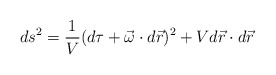
\begin{align*}ds^{2} = \frac{1}{V} (d\tau + \vec{\omega} \cdot d\vec{r} )^{2} +V d \vec{r} \cdot d\vec{r}\end{align*}